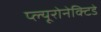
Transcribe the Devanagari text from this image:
प्ल्यूरोनेक्टिडे